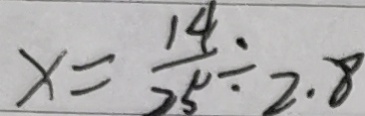
x = \frac { 1 4 } { 2 5 } \div 2 . 8